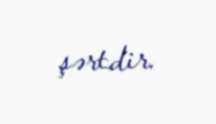
şərtdir.